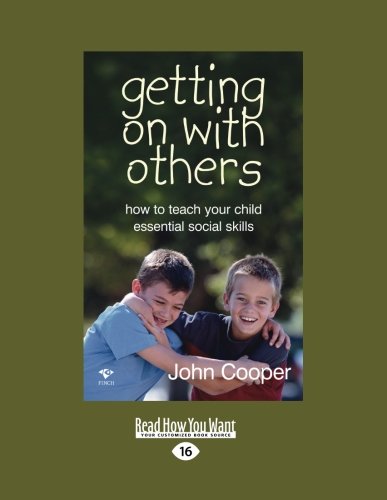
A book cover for Getting on with Others: How to Teach Your Child Essential Social Skills; John Cooper; Parenting & Relationships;